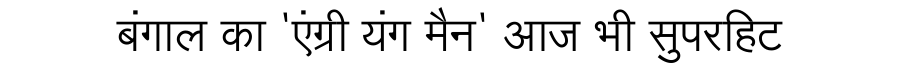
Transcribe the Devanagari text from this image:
बंगाल का 'एंग्री यंग मैन' आज भी सुपरहिट